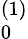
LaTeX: _0^{(1)}